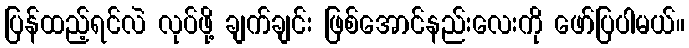
ပြန်ထည့်ရင်လဲ လုပ်ဖို့ ချက်ချင်း ဖြစ်အောင်နည်းလေးကို ဖော်ပြပါမယ်။